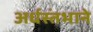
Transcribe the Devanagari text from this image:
अर्धस्तंभाने